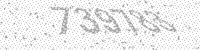
Solution: 739783